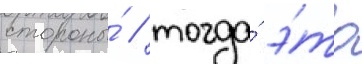
стороны́ / тогда́ э́то